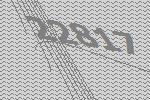
22817